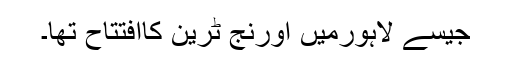
جیسے لاہورمیں اورنج ٹرین کاافتتاح تھا۔